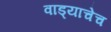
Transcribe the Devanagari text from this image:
वाड्याचेच